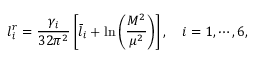
l _ { i } ^ { r } = \frac { \gamma _ { i } } { 3 2 \pi ^ { 2 } } \left[ \bar { l } _ { i } + \ln \left( \frac { M ^ { 2 } } { \mu ^ { 2 } } \right) \right] , \quad i = 1 , \cdots , 6 ,